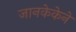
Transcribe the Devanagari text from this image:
जानकेकेने